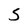
Character: S